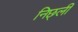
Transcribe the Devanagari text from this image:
निछ्ली